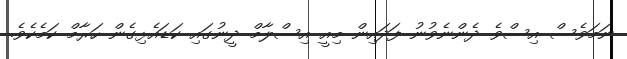
ނަމަވެސް އިސްވެ ދެންނެވުނު ފަދައިން މިއީ އިސްލާމް ދީނުގައި ކަޑައެޅިގެން ހަރާމް ކަމެކެވެ.